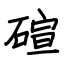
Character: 碹